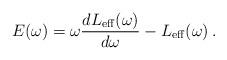
LaTeX: \begin{align*}E(\omega) = \omega \frac{d L_{{\rm eff}}(\omega)}{d\omega}- L_{{\rm eff}}(\omega) \,.\end{align*}